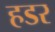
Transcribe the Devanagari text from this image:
हडर